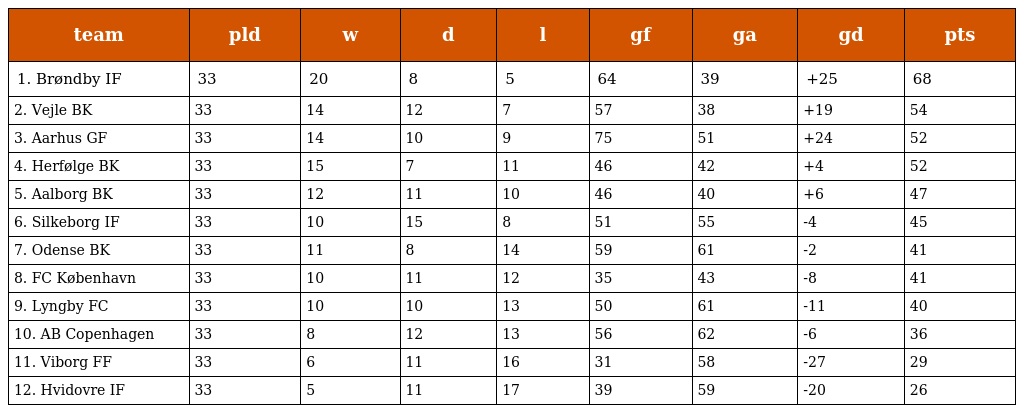
| team | pld | w | d | l | gf | ga | gd | pts |
 | --- | --- | --- | --- | --- | --- | --- | --- | --- |
 | 1. Brøndby IF | 33 | 20 | 8 | 5 | 64 | 39 | +25 | 68 |
 | 2. Vejle BK | 33 | 14 | 12 | 7 | 57 | 38 | +19 | 54 |
 | 3. Aarhus GF | 33 | 14 | 10 | 9 | 75 | 51 | +24 | 52 |
 | 4. Herfølge BK | 33 | 15 | 7 | 11 | 46 | 42 | +4 | 52 |
 | 5. Aalborg BK | 33 | 12 | 11 | 10 | 46 | 40 | +6 | 47 |
 | 6. Silkeborg IF | 33 | 10 | 15 | 8 | 51 | 55 | -4 | 45 |
 | 7. Odense BK | 33 | 11 | 8 | 14 | 59 | 61 | -2 | 41 |
 | 8. FC København | 33 | 10 | 11 | 12 | 35 | 43 | -8 | 41 |
 | 9. Lyngby FC | 33 | 10 | 10 | 13 | 50 | 61 | -11 | 40 |
 | 10. AB Copenhagen | 33 | 8 | 12 | 13 | 56 | 62 | -6 | 36 |
 | 11. Viborg FF | 33 | 6 | 11 | 16 | 31 | 58 | -27 | 29 |
 | 12. Hvidovre IF | 33 | 5 | 11 | 17 | 39 | 59 | -20 | 26 |